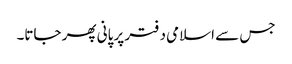
جس سے اسلامی دفتر پر پانی پھر جاتا۔